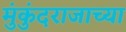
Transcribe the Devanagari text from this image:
मुंकुंदराजाच्या